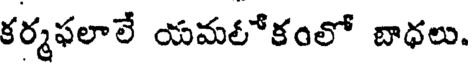
కర్మఫలాలే యమలోకంలో బాధలు.